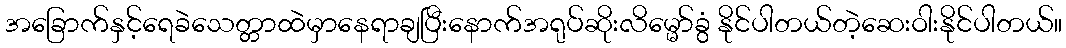
အခြောက်နှင့်ရေခဲသေတ္တာထဲမှာနေရာချပြီးနောက်အရုပ်ဆိုးလိမ္မော်ခွံ နိုင်ပါတယ်တဲ့ဆေးဝါးနိုင်ပါတယ်။